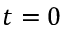
t = 0